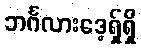
ဘင်္ဂလားဒေ့ရှ်ရှိ